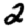
Digit: 2